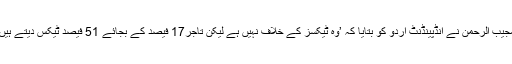
مجیب الرحمٰن نے انڈپینڈنٹ اردو کو بتایا کہ ’وہ ٹیکسز کے خلاف نہیں ہے لیکن تاجر17 فیصد کے بجائے 51 فیصد ٹیکس دیتے ہیں۔